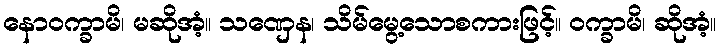
နောဝက္ခာမိ၊ မဆိုအံ့။ သဏှေန၊ သိမ်မွေ့သောစကားဖြင့်။ ဝက္ခာမိ၊ ဆိုအံ့။